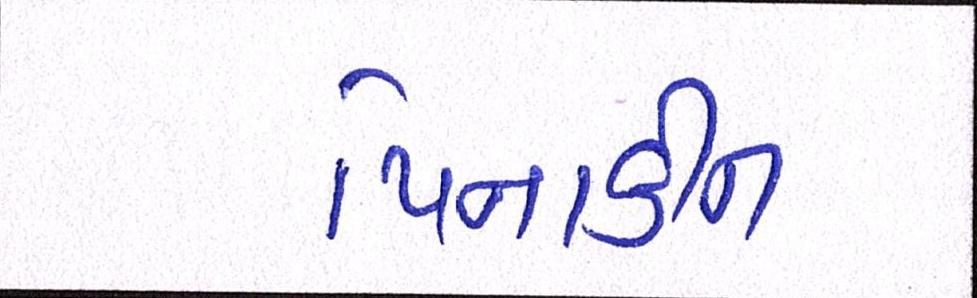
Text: પિનાકીન